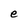
Character: e